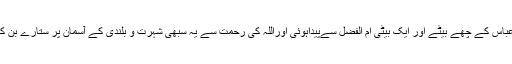
حضرت عباس ؓکے چھے بیٹے اور ایک بیٹی ام الفضل سےپیداہوئی اوراللہ کی رحمت سے یہ سبھی شہرت و بلندی کے آسمان پر ستارے بِن کر چمکے۔